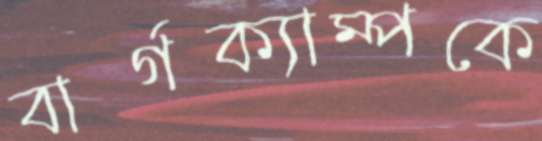
বার্গক্যাম্পকে